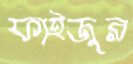
ফাইজুর